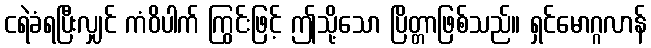
ငရဲခံရပြီးလျှင် ကံဝိပါက် ကြွင်းဖြင့် ဤသို့သော ပြိတ္တာဖြစ်သည်။ ရှင်မောဂ္ဂလာန်